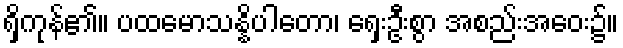
ရှိကုန်၏။ ပထမောသန္နိပါတော၊ ရှေးဦးစွာ အစည်းအဝေး၌။